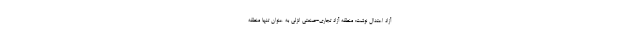
آزاد اعتدال نوشت: منطقه آزاد تجاری-صنعتی انزلی به عنوان تنها منطقه